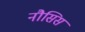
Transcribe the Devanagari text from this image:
नौसिस